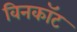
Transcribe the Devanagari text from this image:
विनकॉट